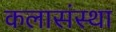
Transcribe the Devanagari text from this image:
कलासंस्था